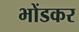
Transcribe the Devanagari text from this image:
भोंडकर